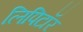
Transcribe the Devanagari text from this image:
लिपिटॉर